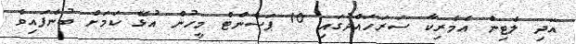
އަދި ލެޓިން އެމެރިކާ ސަރަހައްދުގައި 10 ޕަސެންޓް މީހުން އުޅޭ ކަމަށް ބުނެފައިވެ